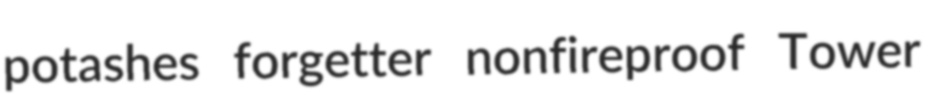
potashes forgetter nonfireproof Tower